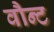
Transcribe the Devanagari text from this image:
वौन्ट